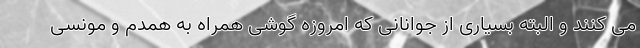
می کنند و البته بسیاری از جوانانی که امروزه گوشی همراه به همدم و مونسی